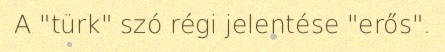
A "türk" szó régi jelentése "erős".